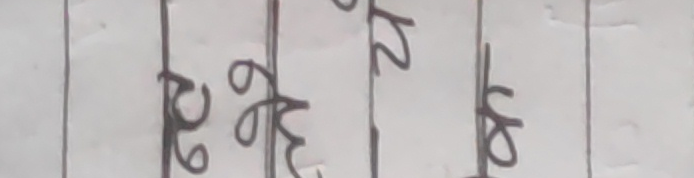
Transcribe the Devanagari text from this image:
६० के २१ ५४